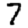
Digit: 7